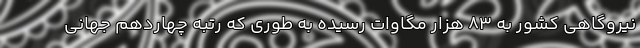
نیروگاهی کشور به 83 هزار مگاوات رسیده به طوری که رتبه چهاردهم جهانی